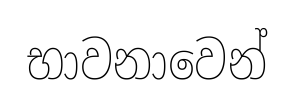
භාවනාවෙන්